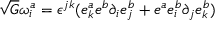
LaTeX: \sqrt { G } \omega _ { i } ^ { a } = \epsilon ^ { j k } ( e _ { k } ^ { a } e ^ { b } \partial _ { i } e _ { j } ^ { b } + e ^ { a } e _ { i } ^ { b } \partial _ { j } e _ { k } ^ { b } )